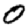
Digit: 0